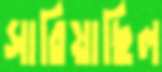
সারিয়াছিল